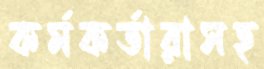
কর্মকর্তারাসহ